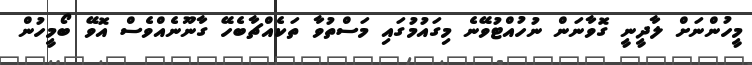
މީހުންނަށް ލާދީނީ ގޮވާނަން ނުހުއްޓުވޭނެ މިގައުމުގައި މަސްތުވާ ތަކެއްޗާބެހޭ ގާނޫނެއްވެސް އޮވޭ ބޯމީހުން